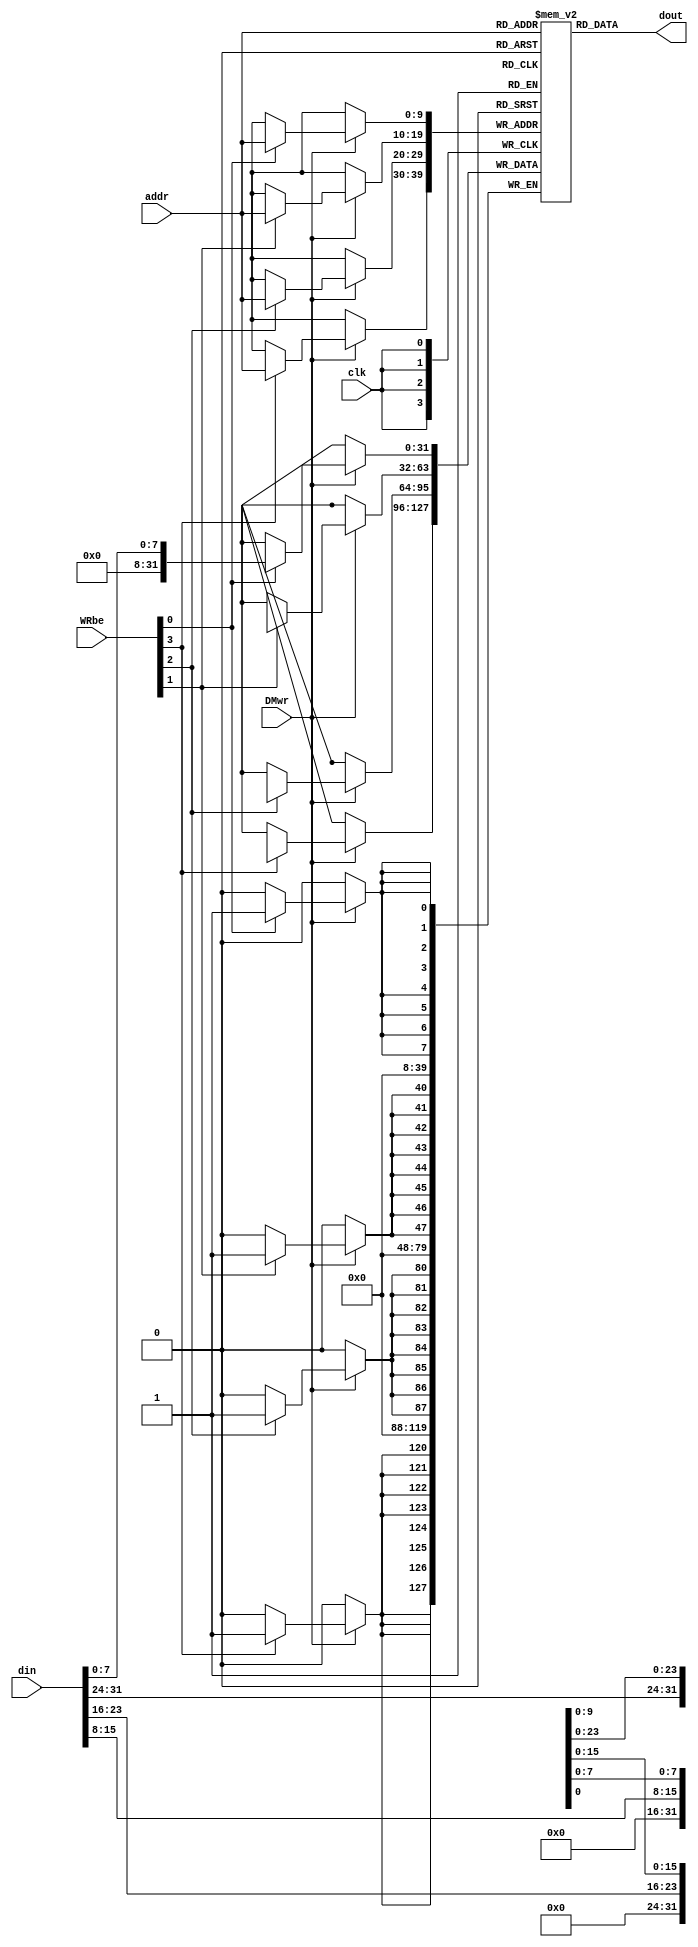
`timescale 1ns / 1ps
//////////////////////////////////////////////////////////////////////////////////
// Company: 
// Engineer: 
// 
// Design Name: 
// Module Name: DM
// Project Name: 
// Target Devices: 
// Tool Versions: 
// Description: 
// 
// Dependencies: 
// 
// Revision:
// Revision 0.01 - File Created
// Additional Comments:
// 
//////////////////////////////////////////////////////////////////////////////////

//data memory
module DM(
    input        clk,
    input [11:2] addr,
    input [31:0] din,
    input [3:0]  WRbe,
    input        DMwr,
    output[31:0] dout
    
    );
    
    reg [31:0] dmem[1023:0];
    reg [31:0] dout_reg;
    
    always @(posedge clk)
    begin
        if(DMwr)
        begin
          if(WRbe[0]) dmem[addr][7:0] <= din[7:0];
          if(WRbe[1]) dmem[addr][15:8] <= din[15:8];
          if(WRbe[2]) dmem[addr][23:16] <= din[23:16];
          if(WRbe[3]) dmem[addr][31:24] <= din[31:24];
        end
    end
    
    assign dout = dmem[addr];
    
endmodule